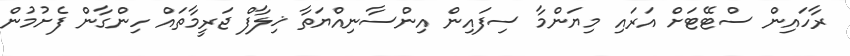
ރާހައިން ސްޓޭޓަށް އަރައި މިޔަންމާ ސިފައިން އިންސާނިއްޔަތާ ޚިލާފް ޖަރީމާތައް ހިންގާން ފެށުމުން